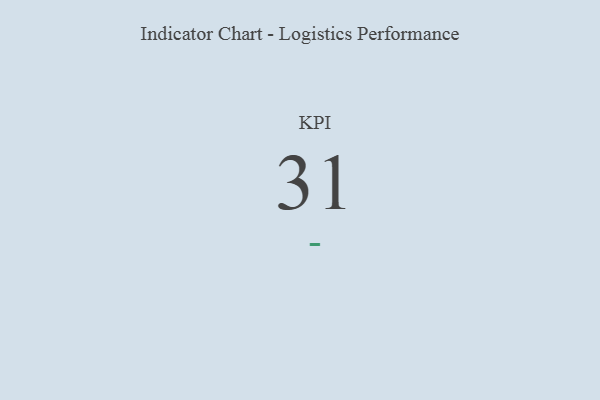
{"axis": {"x": "KPI", "y": "Value"}, "legend": [""], "data": [{"x": "KPI", "y": 31, "type": ""}]}